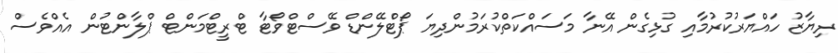
ރިޔާޒު ހައްޔަރުކުރުމާއި ގުޅިގެން އޭނާ މަސައްކަތްކުރަމުންދިޔަ ޕޯޓްލޭންޑް ވޭސްޓްވޯޓާ ޓްރީޓްމަންޓް ޕްލާންޓުން އެއްވެސް